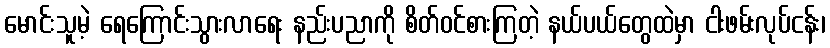
မောင်းသူမဲ့ ရေကြောင်းသွားလာရေး နည်းပညာကို စိတ်ဝင်စားကြတဲ့ နယ်ပယ်တွေထဲမှာ ငါးဖမ်းလုပ်ငန်း၊